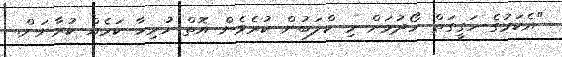
"އެކަމުގެ ހަގީގަތް ހޯދަުމަށް މި ކްލަބުން ކުރެވެން އޮތް ހުރިހާ ކަމެއް ކުރާނަން.